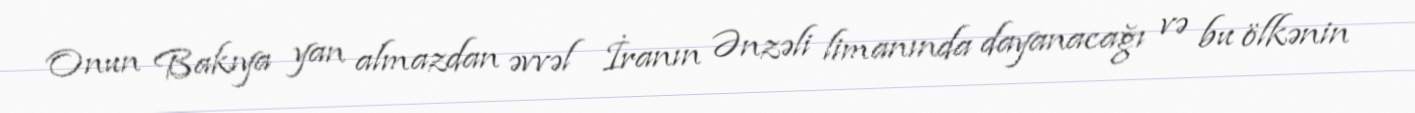
Onun Bakıya yan almazdan əvvəl İranın Ənzəli limanında dayanacağı və bu ölkənin